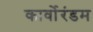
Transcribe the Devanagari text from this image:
कार्वोरंडम